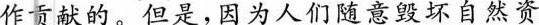
作贡献的。但是，因为人们随意毁坏自然资